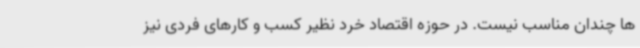
ها چندان مناسب نیست. در حوزه اقتصاد خرد نظیر کسب و کارهای فردی نیز